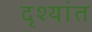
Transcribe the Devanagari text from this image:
दृश्यांत